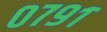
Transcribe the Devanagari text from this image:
०७९१